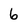
Character: 6